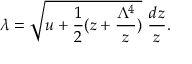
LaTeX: \lambda = \sqrt { u + \frac { 1 } { 2 } ( z + \frac { \Lambda ^ { 4 } } { z } ) } ~ \frac { d z } { z } .